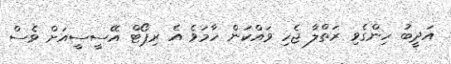
އަދީބު ހިންގެވި ރަތްލާ ޖެހި ވައްކަން ހާމަވެ އެ ރިޕޯޓް އޭސީސީއަށް ވެސް